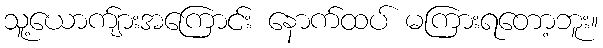
သူ့ယောက်ျားအကြောင်း နောက်ထပ် မကြားရတော့ဘူး။